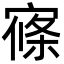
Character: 𡩢